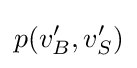
p(v'_{B},v'_{S})